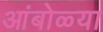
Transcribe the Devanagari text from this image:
आंबोळ्या